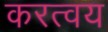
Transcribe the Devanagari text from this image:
करत्वय